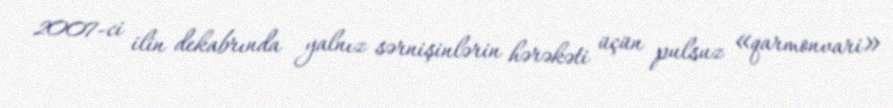
2007-ci ilin dekabrında yalnız sərnişinlərin hərəkəti üçün pulsuz «qarmonvari»